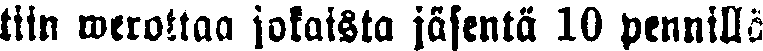
tiin werottaa jokaista jäsentä 10 pennillä